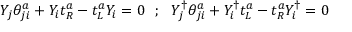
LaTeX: Y _ { j } \theta _ { j i } ^ { a } + Y _ { i } t _ { R } ^ { a } - t _ { L } ^ { a } Y _ { i } = 0 ~ ~ ; ~ ~ Y _ { j } ^ { \dagger } \theta _ { j i } ^ { a } + Y _ { i } ^ { \dagger } t _ { L } ^ { a } - t _ { R } ^ { a } Y _ { i } ^ { \dagger } = 0